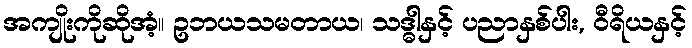
အကျိုးကိုဆိုအံ့။ ဥဘယသမတာယ၊ သဒ္ဓါနှင့် ပညာနှစ်ပါး, ဝီရိယနှင့်